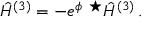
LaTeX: \hat { \cal H } ^ { ( 3 ) } = - e ^ { \phi } \ { } ^ { \star } \hat { \cal H } ^ { ( 3 ) } \, .